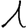
Digit: 1